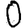
Digit: 0